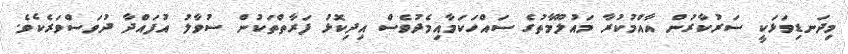
މިދަނޑިވަޅަކީ ސަރުކާރުން އާއްމުކުރާ މައުލޫމާތުގެ ސައްހަކަމާއިމެދުވެސް އިދިކޮޅު ފަރާތްތަކުން ސުވާލު އުފައްދާ ދުވަސްވަރެކެވެ.